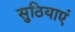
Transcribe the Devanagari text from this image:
सुठियाएं